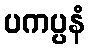
ပကပ္ပနံ